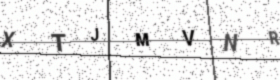
Text: XTJMVNR